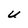
Character: U